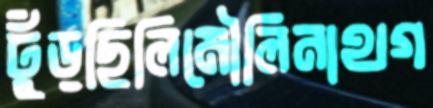
ঢুঁড়ছিলিমৌলিনাথগ